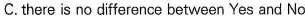
C. there is no difference between Yes and No